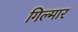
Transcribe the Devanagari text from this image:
गिल्मार